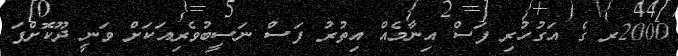
2000ރ ގެ އަގުހުރި ފަސް އިނާމެއް އިތުރު ފަސް ނަސީބުވެރިއަކަށް ވަނީ ދޫކޮށްފަ